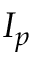
I _ { p }